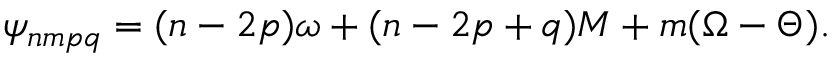
\psi _ { n m p q } = ( n - 2 p ) \omega + ( n - 2 p + q ) M + m ( \Omega - \Theta ) .